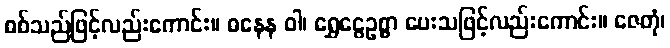
စစ်သည်ဖြင့်လည်းကောင်း။ ဓနေန ဝါ၊ ရွှေငွေဥစ္စာ ပေးသဖြင့်လည်းကောင်း။ ဇေတုံ၊